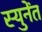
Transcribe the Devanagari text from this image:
स्युनेंत